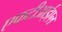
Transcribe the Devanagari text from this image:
एफटीआईएल